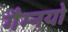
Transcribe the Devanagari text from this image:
गैम्नयो